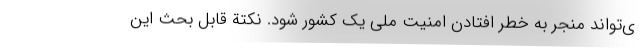
ی­تواند منجر به خطر افتادن امنیت ملی یک کشور شود. نکتة قابل بحث این